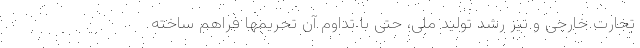
تجارت خارجی و نیز رشد تولید ملی، حتی با تداوم آن تحریمها فراهم ساخته